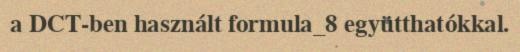
a DCT-ben használt formula_8 együtthatókkal.